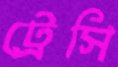
ট্রেসি